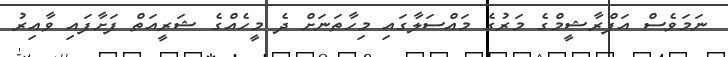
ނަމަވެސް އަފްރާޝީމްގެ މަރުގެ މައްސަލާގައި މިހާތަނަށް ދެ މީހެއްގެ ޝަރީއަތް ފަށާފައި ވާއިރު